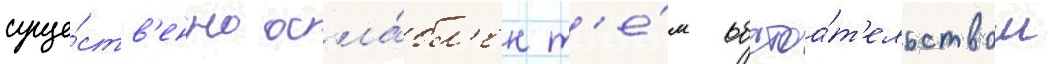
суще́ств'енно осла́бл'ен т'е́м обстоа́т'ельством